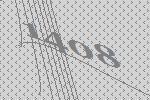
1408